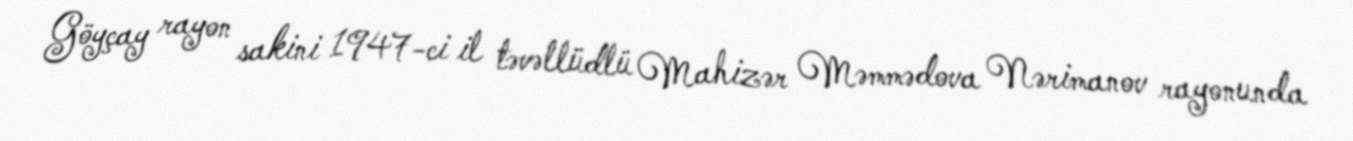
Göyçay rayon sakini 1947-ci il təvəllüdlü Mahizər Məmmədova Nərimanov rayonunda